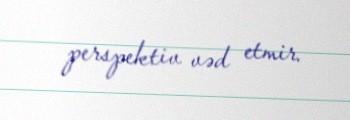
perspektiv vəd etmir.